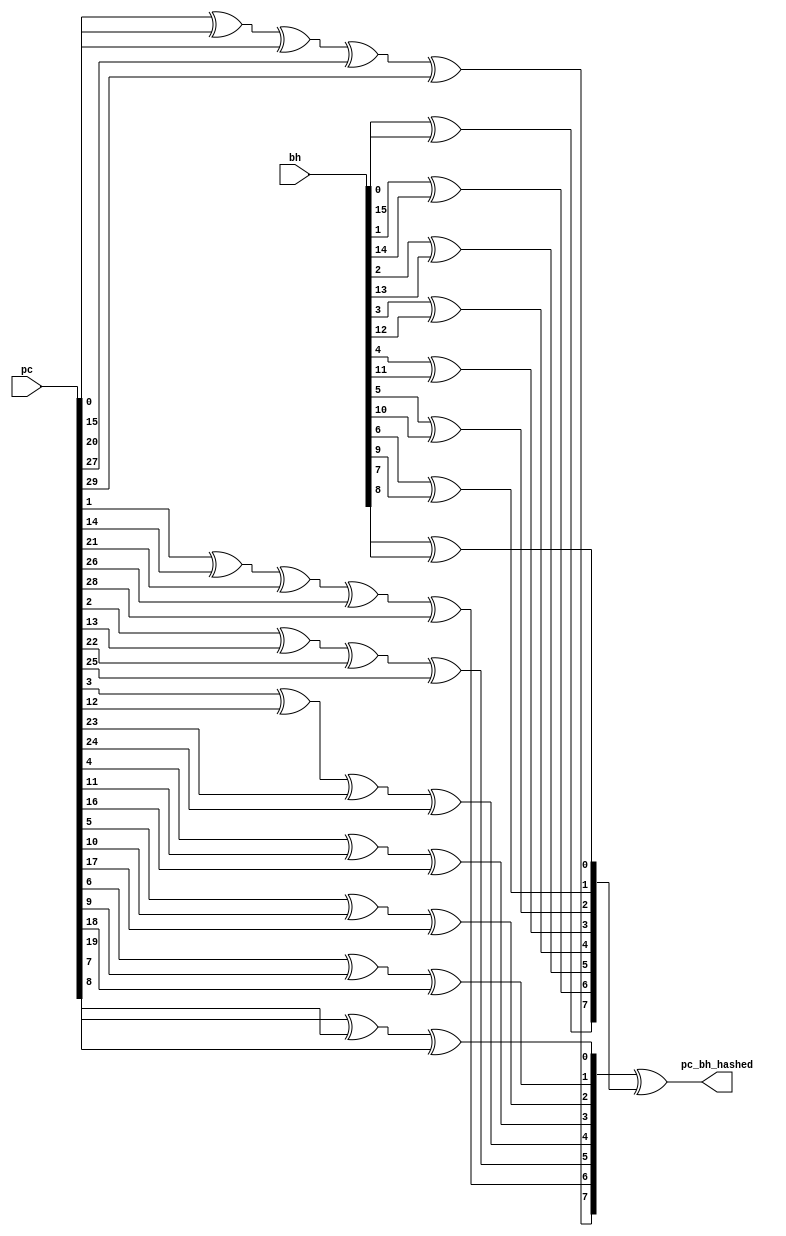
module pc_bh_hash#(
    parameter ADDR_WIDTH=30,   //pc
    parameter bh_width=16,   //bh
    parameter h_width=8
)(
    input [ADDR_WIDTH-1:0]      pc,
    input [bh_width-1:0]        bh,
    output[h_width-1:0]      pc_bh_hashed
);
    wire [h_width-1:0] bh_hashed={
        bh[0]^bh[15],
        bh[1]^bh[14],
        bh[2]^bh[13],
        bh[3]^bh[12],
        bh[4]^bh[11],
        bh[5]^bh[10],
        bh[6]^bh[9 ],
        bh[7]^bh[8 ]
    };
    wire [h_width-1:0] pc_hashed={
        pc[0]^pc[15]^pc[20]^pc[27]^pc[29],
        pc[1]^pc[14]^pc[21]^pc[26]^pc[28],
        pc[2]^pc[13]^pc[22]^pc[25],
        pc[3]^pc[12]^pc[23]^pc[24],
        pc[4]^pc[11]^pc[16],
        pc[5]^pc[10]^pc[17],
        pc[6]^pc[9 ]^pc[18],
        pc[7]^pc[8 ]^pc[19]
    };
    assign pc_bh_hashed=pc_hashed^bh_hashed;
endmodule